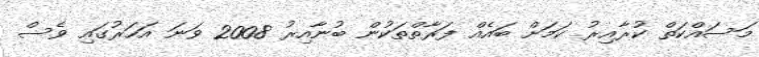
މަސައްކަތް ކުރާއިރު ކަމަށް ބައެއް ފަރާތްތަކުން ބުނާއިރު 2008 ވަނަ އަހަރުގައި ވެސް